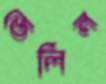
ডেলিন